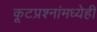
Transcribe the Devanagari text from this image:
कूटप्रश्नांमध्येही